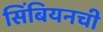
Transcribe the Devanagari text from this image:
सिंबियनची